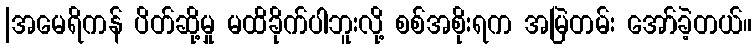
|အမေရိကန် ပိတ်ဆို့မှု မထိခိုက်ပါဘူးလို့ စစ်အစိုးရက အမြဲတမ်း အော်ခဲ့တယ်။